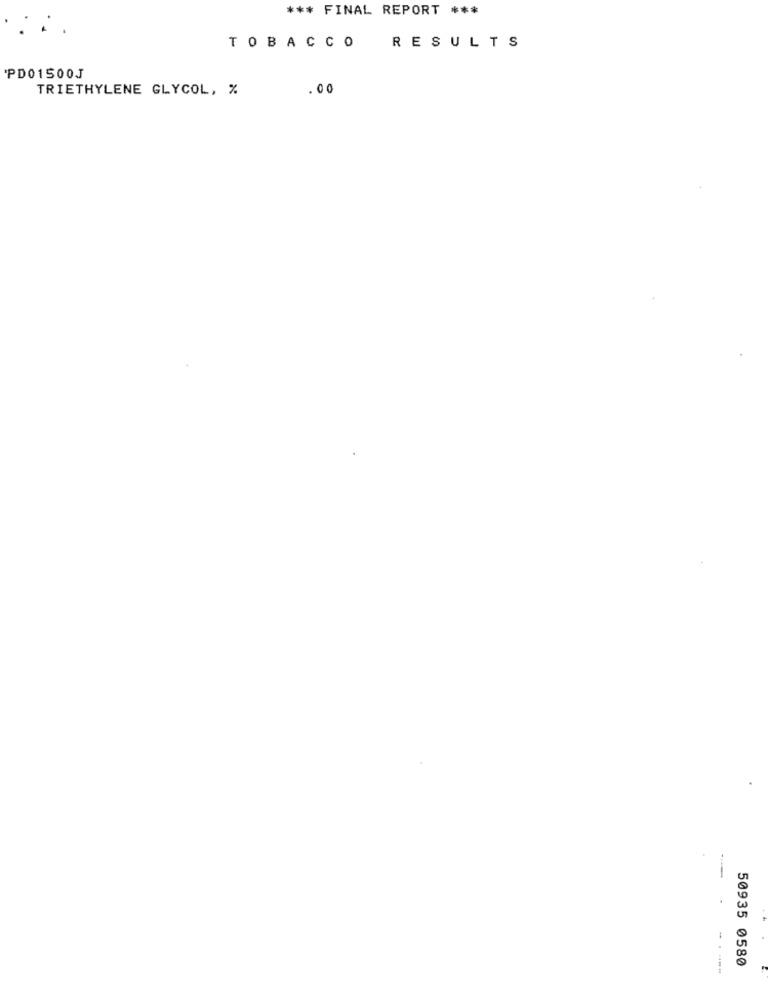
*** FINAL REPORT ***
RESULTS
TOBACCO
'PD01500J
TRIETHYLENE GLYCOL, %
.00
50935 0580